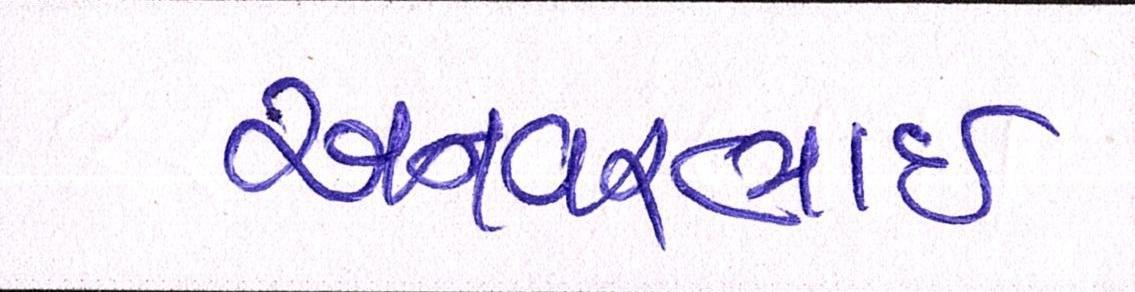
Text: અનવરભાઈ